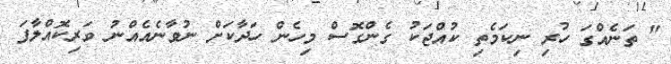
" ތަނެއްގަ ހުރި ނިކަމެތި ކުއްޖަކު ގެންގޮސް މިހެން ހަދާކަށް ނުވާނެއެއްނު ވަރިކޮއްލާފަ